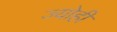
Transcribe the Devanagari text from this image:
ज्योहीं